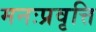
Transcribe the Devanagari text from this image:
मनःप्रवृत्ति